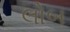
લોબ